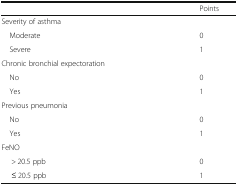
<table><thead><tr><td></td><td><b>Points</b></td></tr></thead><tbody><tr><td colspan="2">Severity of asthma</td></tr><tr><td> Moderate</td><td>0</td></tr><tr><td> Severe</td><td>1</td></tr><tr><td colspan="2">Chronic bronchial expectoration</td></tr><tr><td> No</td><td>0</td></tr><tr><td> Yes</td><td>1</td></tr><tr><td colspan="2">Previous pneumonia</td></tr><tr><td> No</td><td>0</td></tr><tr><td> Yes</td><td>1</td></tr><tr><td colspan="2">FeNO</td></tr><tr><td>&gt; 20.5 ppb</td><td>0</td></tr><tr><td>≤ 20.5 ppb</td><td>1</td></tr></tbody></table>